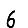
Digit: 6